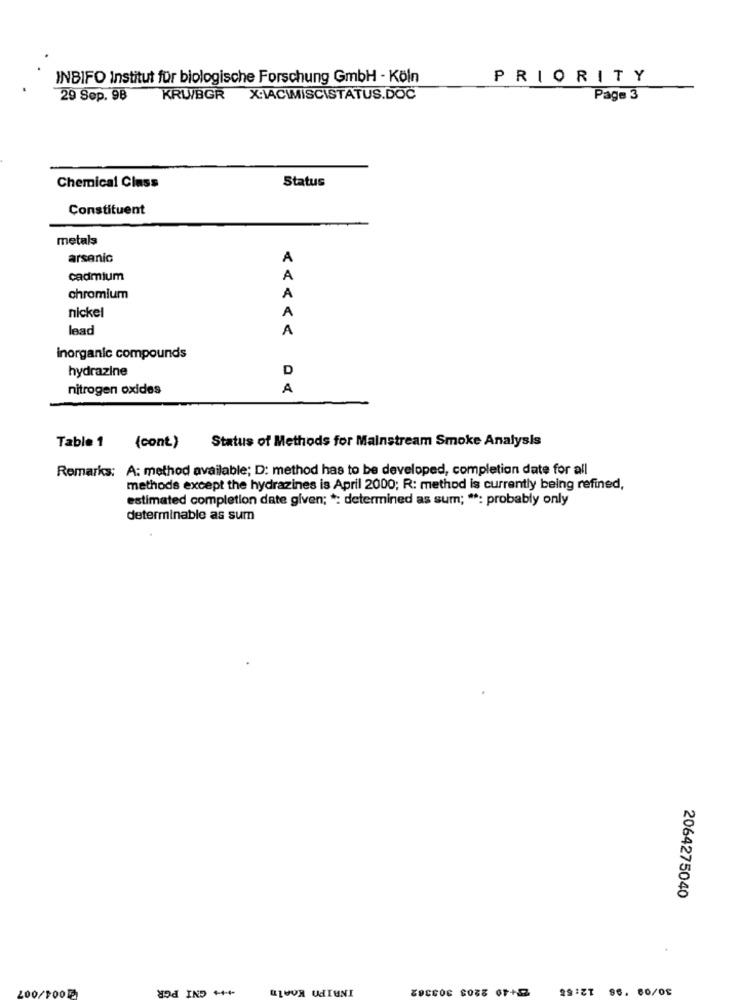
INBIFO Institut für biologische Forschung GmbH - Köln
PRIORITY
29 Sep. 98
KRUBGR X:\ACIMISCISTATUS.DOC
Page 3
Status
Chemical Class
Constituent
metals
arsenic
A
cadmium
A
chromium
A
nickel
A
lead
A
inorganic compounds
hydrazine
D
nitrogen oxides
A
Table 1 (cont) Status of Methods for Mainstream Smoke Analysis
Remarks: A: method available; D: method has to be developed, completion date for all
methods except the hydrazines is April 2000; R: method is currently being refined,
estimated completion date given; *: determined as sum; **: probably only
determinable as sum
2064275040
GNI PGR
INRIPO Koeln
99:27 96. 80/08